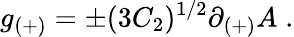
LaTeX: g_{(+)}=\pm(3C_{2})^{1/2}\partial_{(+)}A\; .